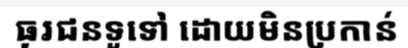
ធុរជនទូទៅ ដោយមិនប្រកាន់